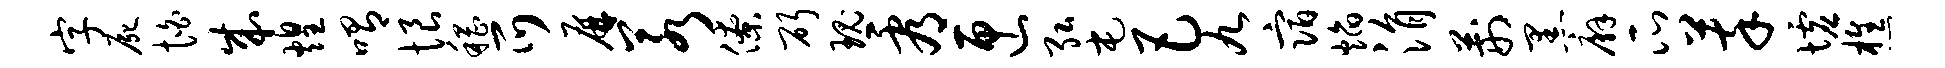
字尸怕成煌喟恨稽爪屏若僚斫瑰看匣弘屯巴九宿焰涓荆黑廨瓜萃墟樵